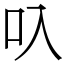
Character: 叺